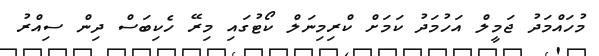
މުހައްމަދު ޖަމީލް އަހުމަދު ކަމަށް ކްރިމިނަލް ކޯޓުގައި މިރޭ ހެކިބަސް ދިން ސިއްރު